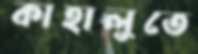
কাহালুতে